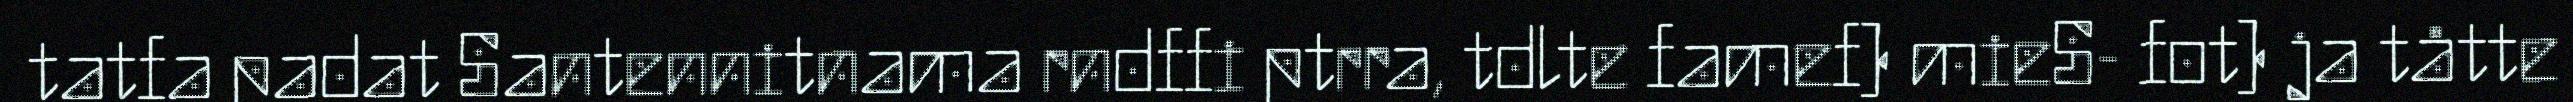
tatfa padat Santennitnama rndffi ptrra, tdlte famef) mieS- fot) ja tåtte